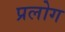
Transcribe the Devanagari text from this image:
प्रलोग